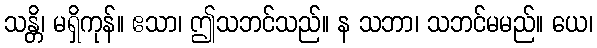
သန္တိ၊ မရှိကုန်။ ဧသာ၊ ဤသဘင်သည်။ န သဘာ၊ သဘင်မမည်။ ယေ၊